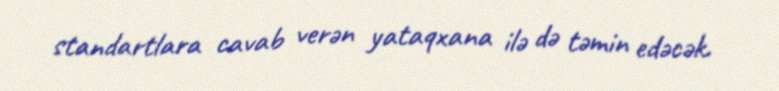
standartlara cavab verən yataqxana ilə də təmin edəcək.